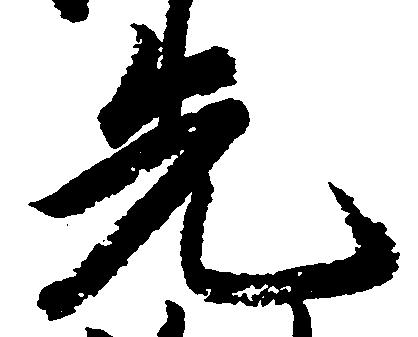
先